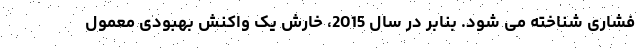
فشاری شناخته می شود. بنابر در سال 2015، خارش یک واکنش بهبودی معمول